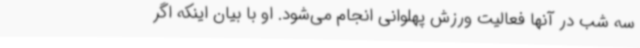
سه شب در آنها فعالیت ورزش پهلوانی انجام می‌شود. او با بیان اینکه اگر